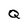
Character: Q